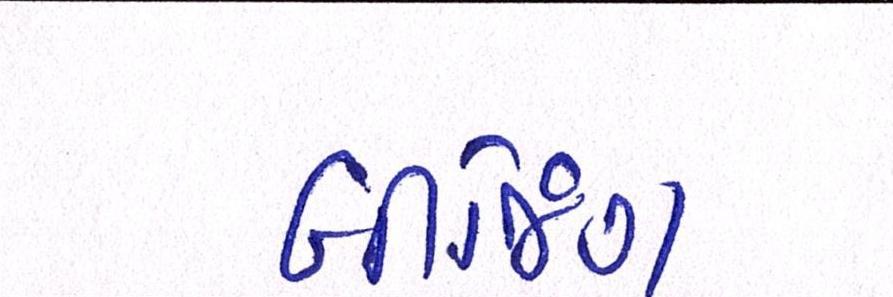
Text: બીજિંગ